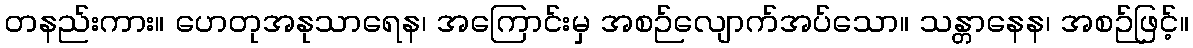
တနည်းကား။ ဟေတုအနုသာရေန၊ အကြောင်းမှ အစဉ်လျောက်အပ်သော။ သန္တာနေန၊ အစဉ်ဖြင့်။